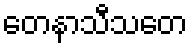
တေနာသီသတေ